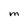
Character: M